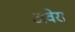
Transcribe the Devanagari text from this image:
अवेरा